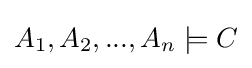
A_{1},A_{2},...,A_{n}\models C